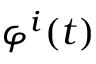
\varphi ^ { i } ( t )